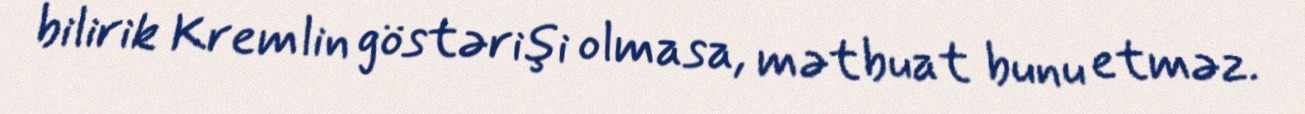
bilirik Kremlin göstərişi olmasa, mətbuat bunu etməz.